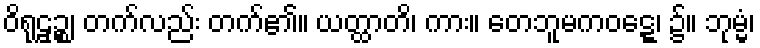
ဝိရုဠှဉ္စ၊ တက်လည်း တက်၏။ ယတ္ထာတိ၊ ကား။ တေဘူမကဝဋ္ဋေ၊ ၌။ ဘုမ္မံ၊